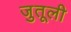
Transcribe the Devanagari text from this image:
जुतूली